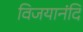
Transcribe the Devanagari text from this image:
विजयानंदि